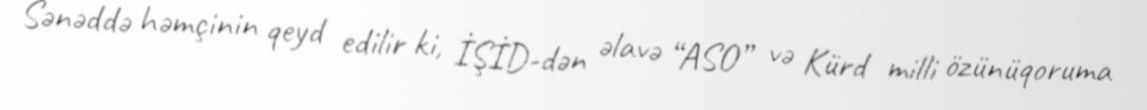
Sənəddə həmçinin qeyd edilir ki, İŞİD-dən əlavə “ASO” və Kürd milli özünüqoruma